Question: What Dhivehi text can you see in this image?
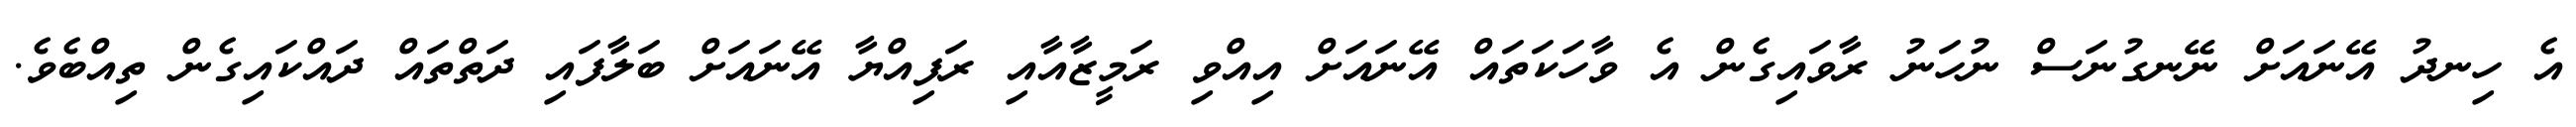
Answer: އެ ހިނދު އޭނައަށް ނޭނގުނަސް ނުހަނު ރާވައިގެން އެ ވާހަކަތައް އޭނައަށް އިއްވި ރަމީޒާއާއި ރަފިއްޔާ އޭނައަށް ބަލާފައި ދަތްތައް ދައްކައިގެން ތިއްބެވެ.